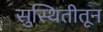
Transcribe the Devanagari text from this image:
सुस्थितीतून